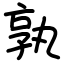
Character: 孰